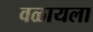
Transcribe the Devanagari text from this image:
वळायला